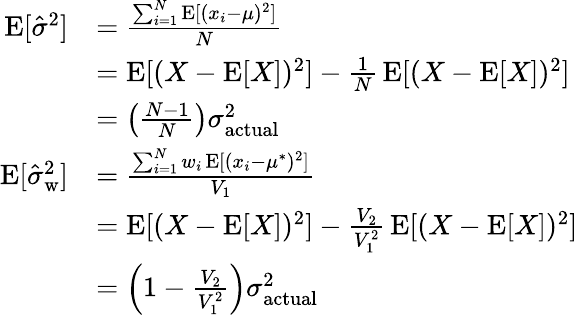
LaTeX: {\begin{array}{rl}{\operatorname{E}[{\hat{\sigma}}^{2}]}&{={\frac{\sum_{i=1}^{N}\operatorname{E}[(x_{i}-\mu)^{2}]}{N}}}\\ &{=\operatorname{E}[(X-\operatorname{E}[X])^{2}]-{\frac{1}{N}}\operatorname{E}[(X-\operatorname{E}[X])^{2}]}\\ &{=\left({\frac{N-1}{N}}\right)\sigma_{\mathrm{actual}}^{2}}\\ {\operatorname{E}[{\hat{\sigma}}_{\mathrm{w}}^{2}]}&{={\frac{\sum_{i=1}^{N}w_{i}\operatorname{E}[(x_{i}-\mu^{*})^{2}]}{V_{1}}}}\\ &{=\operatorname{E}[(X-\operatorname{E}[X])^{2}]-{\frac{V_{2}}{V_{1}^{2}}}\operatorname{E}[(X-\operatorname{E}[X])^{2}]}\\ &{=\left(1-{\frac{V_{2}}{V_{1}^{2}}}\right)\sigma_{\mathrm{actual}}^{2}}\end{array}}